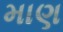
માણ